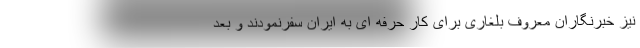
نیز خبرنگاران معروف بلغاری برای کار حرفه ای به ایران سفرنمودند و بعد